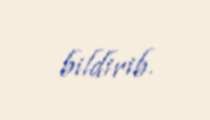
bildirib.